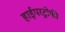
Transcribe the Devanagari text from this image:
हाईपरट्रोफी